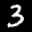
Label: 3